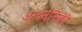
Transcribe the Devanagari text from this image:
अर्धसैनिकी